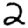
Digit: 2